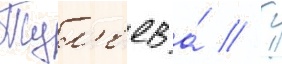
Тул'еев а́ // Г